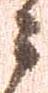
々